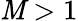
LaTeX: \mathit{M}>1